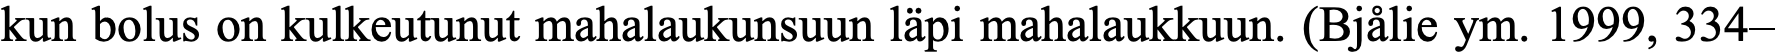
kun bolus on kulkeutunut mahalaukunsuun läpi mahalaukkuun. (Bjålie ym. 1999, 334–